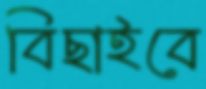
বিছাইবে